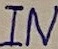
Text: IN